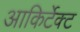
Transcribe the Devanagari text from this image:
आकिर्टेक्ट